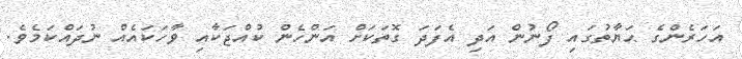
އަހަރެންގެ ޙަޔާތުގައި ފޯނުން އަދި އެފަދަ ގޮތަކަށް އަންހެން ކުއްޖަކާއި ވާހަކައެއް ނުދައްކަމެވެ.